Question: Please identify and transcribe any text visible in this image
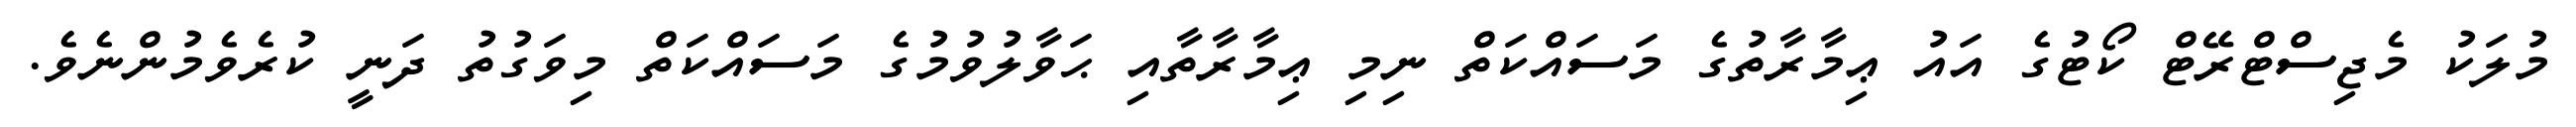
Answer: މުލަކު މެޖިސްޓްރޭޓް ކޯޓުގެ އައު ޢިމާރާތުގެ މަސައްކަތް ނިމި ޢިމާރާތާއި ޙަވާލުވުމުގެ މަސައްކަތް މިވަގުތު ދަނީ ކުރެވެމުންނެވެ.